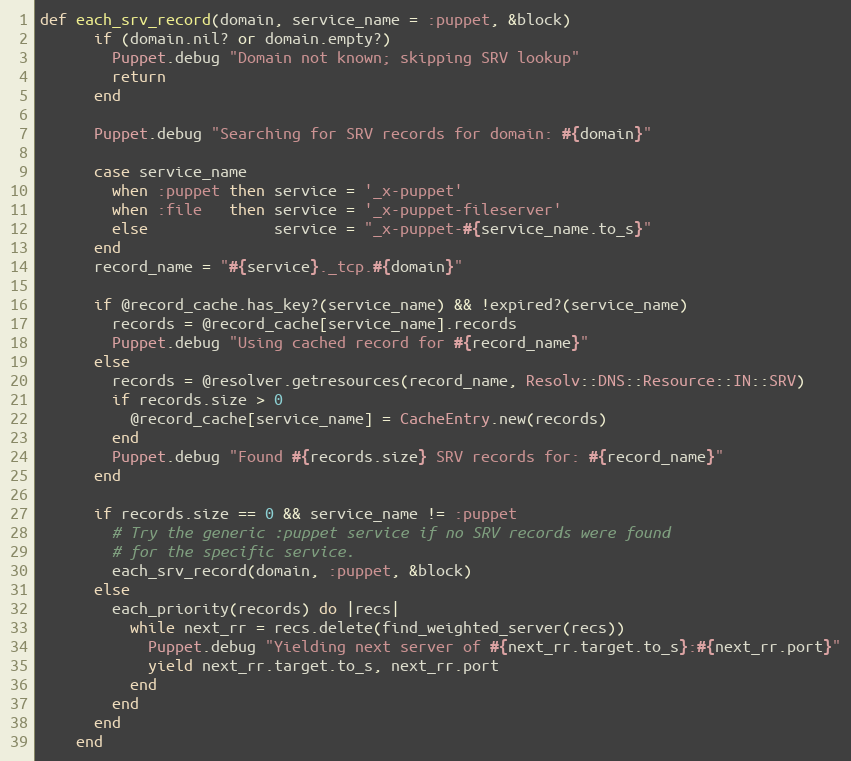
Language: Ruby
def each_srv_record(domain, service_name = :puppet, &block)
      if (domain.nil? or domain.empty?)
        Puppet.debug "Domain not known; skipping SRV lookup"
        return
      end

      Puppet.debug "Searching for SRV records for domain: #{domain}"

      case service_name
        when :puppet then service = '_x-puppet'
        when :file   then service = '_x-puppet-fileserver'
        else              service = "_x-puppet-#{service_name.to_s}"
      end
      record_name = "#{service}._tcp.#{domain}"

      if @record_cache.has_key?(service_name) && !expired?(service_name)
        records = @record_cache[service_name].records
        Puppet.debug "Using cached record for #{record_name}"
      else
        records = @resolver.getresources(record_name, Resolv::DNS::Resource::IN::SRV)
        if records.size > 0
          @record_cache[service_name] = CacheEntry.new(records)
        end
        Puppet.debug "Found #{records.size} SRV records for: #{record_name}"
      end

      if records.size == 0 && service_name != :puppet
        # Try the generic :puppet service if no SRV records were found
        # for the specific service.
        each_srv_record(domain, :puppet, &block)
      else
        each_priority(records) do |recs|
          while next_rr = recs.delete(find_weighted_server(recs))
            Puppet.debug "Yielding next server of #{next_rr.target.to_s}:#{next_rr.port}"
            yield next_rr.target.to_s, next_rr.port
          end
        end
      end
    end